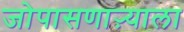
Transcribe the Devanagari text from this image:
जोपासणाऱ्याला